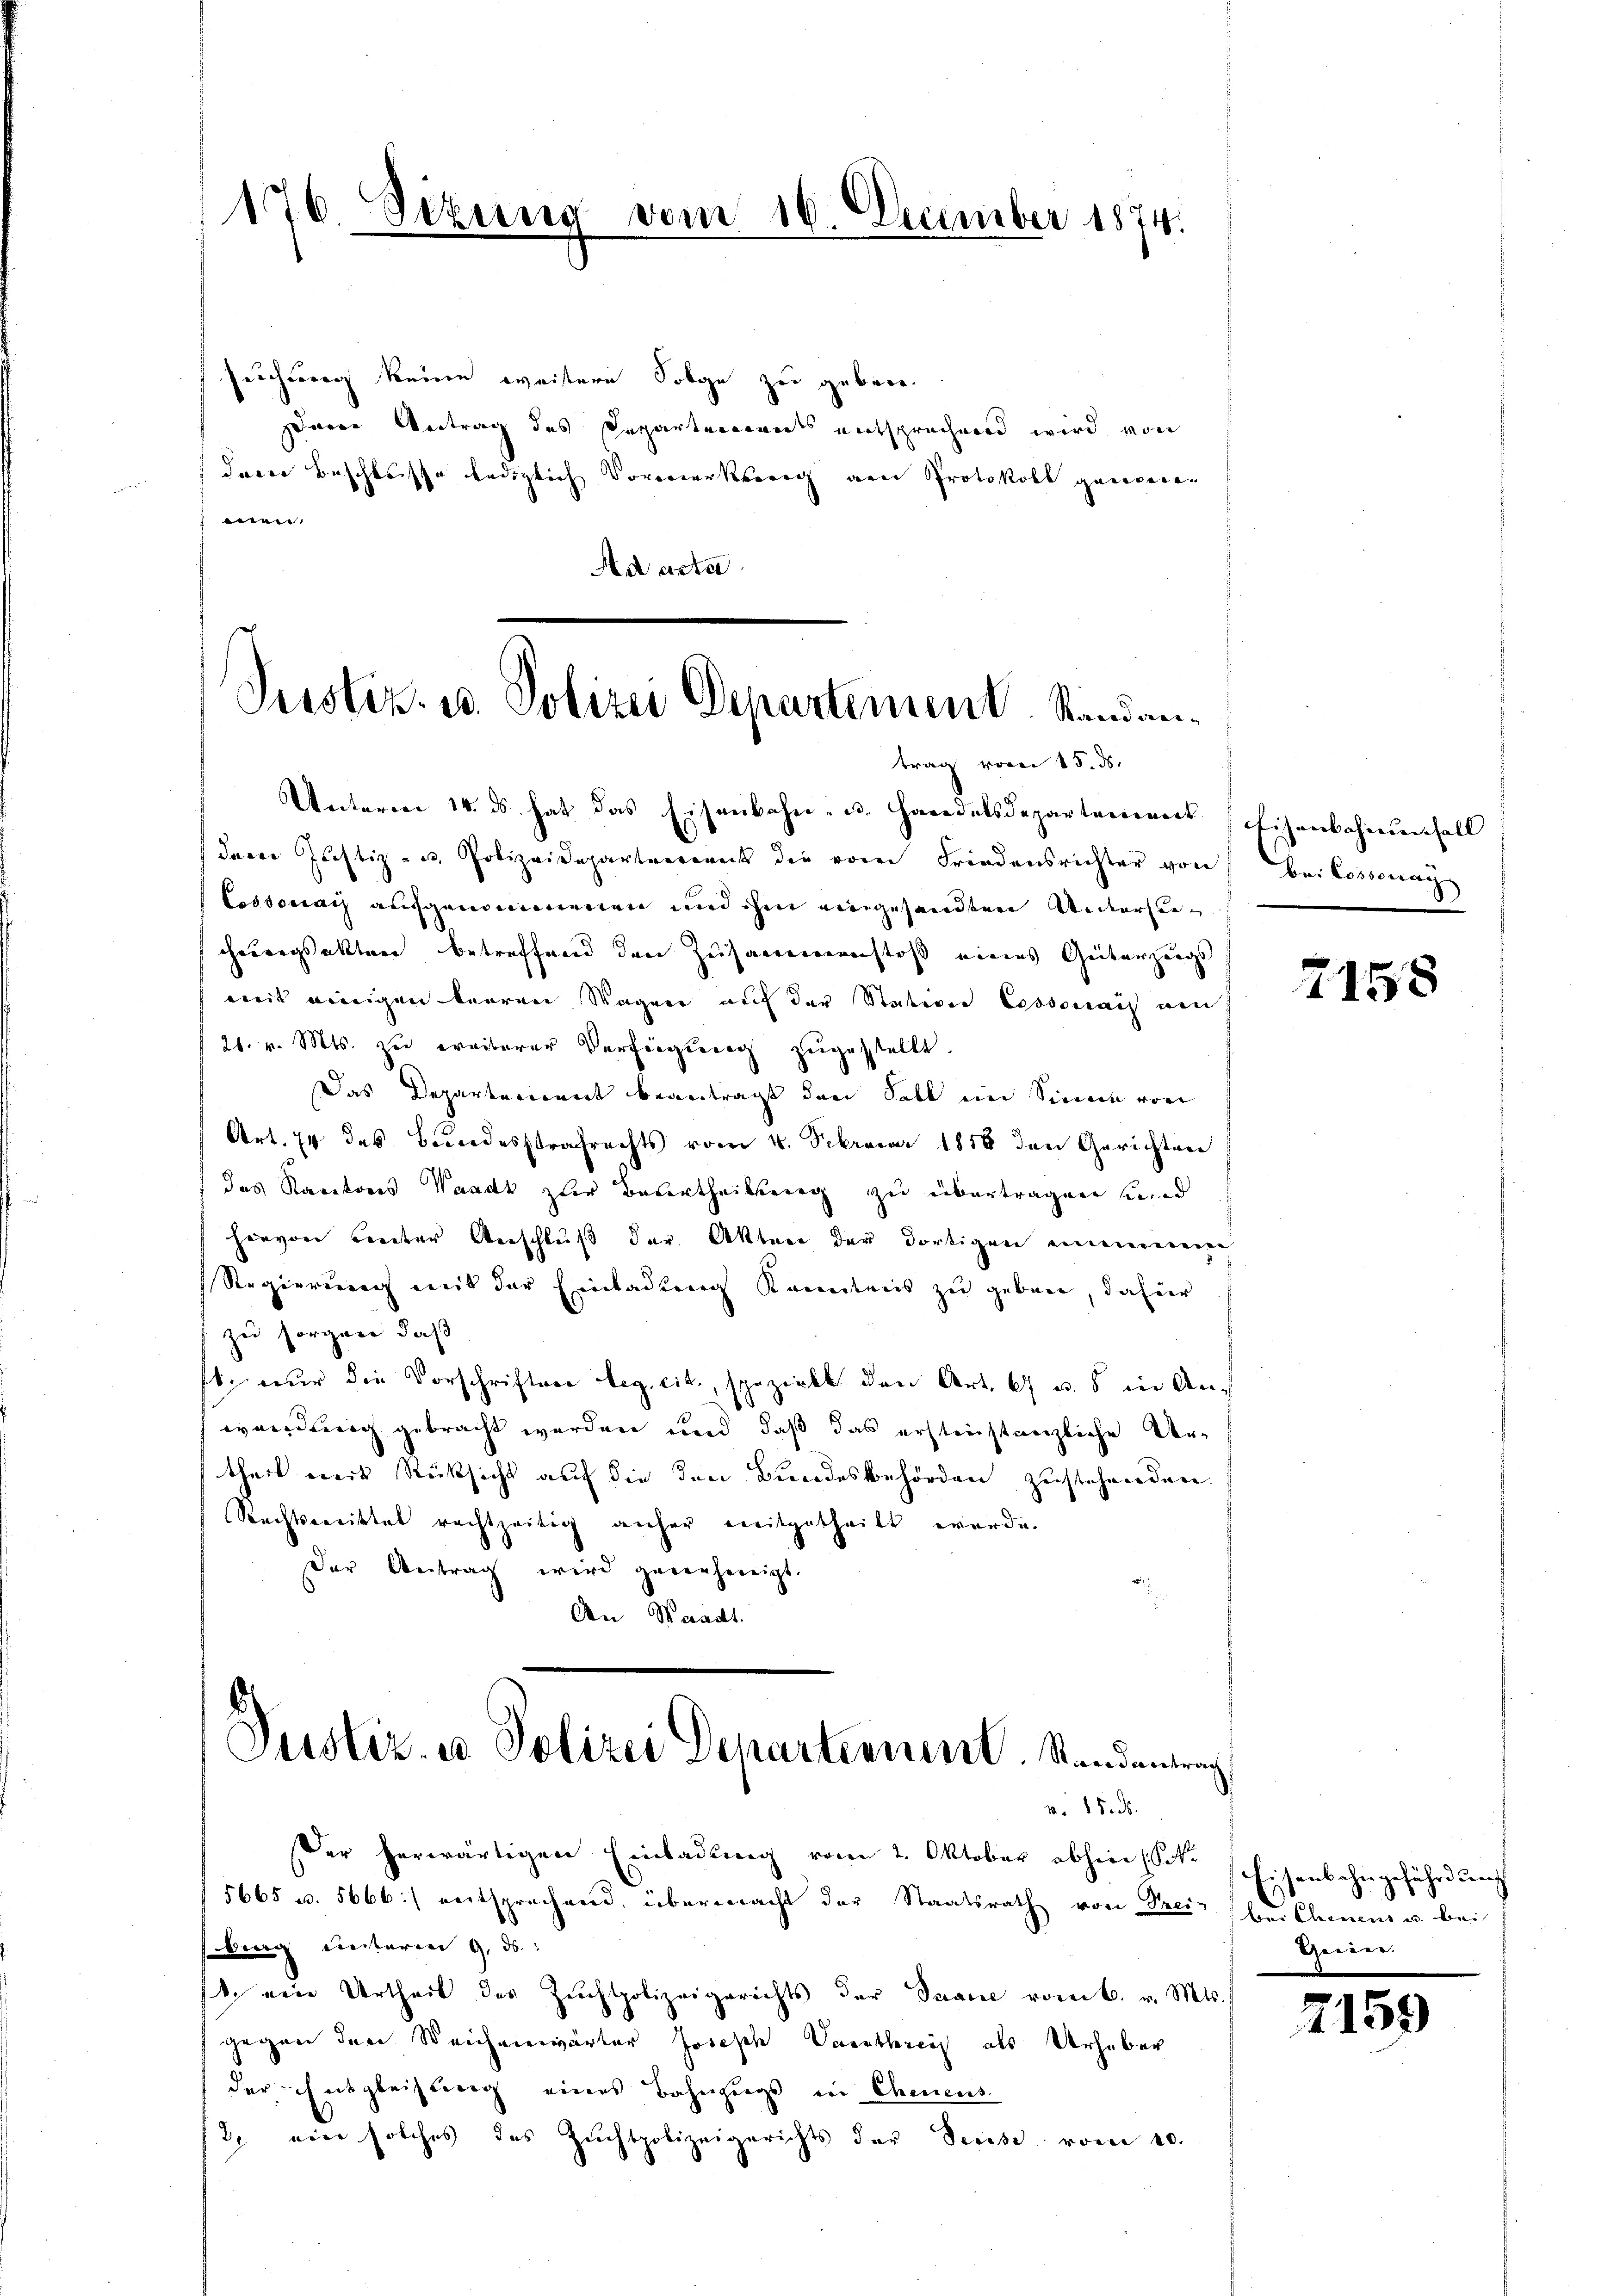
176. Sizur

vom 16. December 1874.

suchung keine weitere Folge zu geben.
darer Antrag des Departemendes entsprechend wird von
derer Beschlusse lediglich Vormerkung am Protokoll genieren
n
Ad acta

Justiz- u. Polizei Departement. Standantrag vom 15. ds.

Unterm 14. ds. hat das Eisenbahn- u. Handelsdepartement (Eisenbahnensell
derer Justiz- u. Polizeidepartement die vom Friedensrichter von bei Cossonay
Cossonach aufgenommenen und ihm eingesandten Untersucherungsakten betreffend den Zusammenenstoß eines Geiterzeugs
mit einigen baaren Wagen auf der Station Cossonach den
21. v. Mts. zu ereiterer Verfügung zugestellt.
Das Departerienet beanträgt den Fall ein Sinne von
Art. 74 des Bundesstrafrechts vom 4. Februar 1858 den Gerichten
das Rauctores Waadt zur Beurtheilung zu übertragen sind,
hievon Freiter Anschluß der Akten der dortigen immeneige
Regierung mit der Einladung Kenntnis zu geben, dafür
zu sorgen, daß
st nur die Vorschriften Leg. cit., spezirkt. den Art. 67 u. 5 in Anwendung gebracht werden und daß das erstenstanzliche Urtheil weit Rücksicht auf die den Bundesbehörden zustehenden.
Rechtsweistet rechtzeitig anher mitgetheilt werde.
Der Antrag wird gernehmigt.
An Waadt.
Justiz- u. Polizei Departement. Standentrach
v. 15.
Der herwärtigen Einladŭng vom 2. Oktober abhin (Sekr. Eisenbahngefährdung
5665 u. 5666] entsprechend, übermacht der Staatsrath von Frei bei Chinens u. bei
sberg unterm 9. ds.
s. eine Urtheil des Zuchtpolizeigerichts der Saane romb. v. Mts.
gegen den Weichenwärter Joseph Varnthereit als Urheber
der Entgleitung eines Bahnzugs in Chenens
2. eine solches das Zuchtpolizeigerichts der Seeise vom 10.

2158

Geeier.

7159